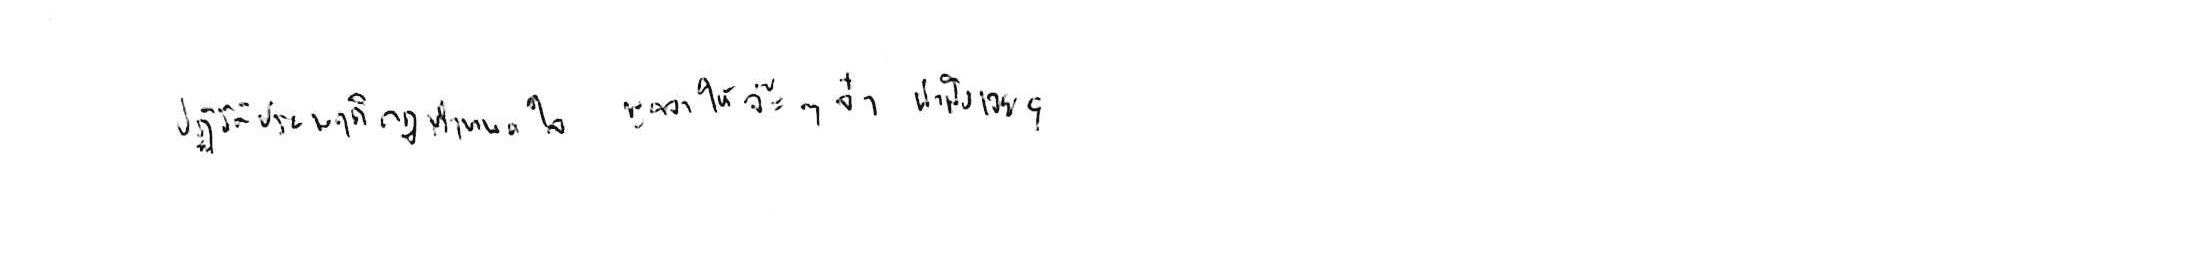
ปฏิบัติประพฤติกฎกำหนดใจ พูดจาให้จ๊ะๆ จ๋า น่าฟังเอยฯ